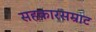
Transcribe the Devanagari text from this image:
सहकारसम्राट